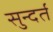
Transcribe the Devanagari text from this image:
सुन्दर्त